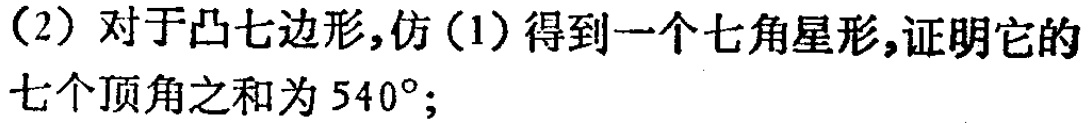
（2）对于凸七边形，仿（1）得到一个七角星形，证明它的七个顶角之和为 \(540^{\circ}\)；